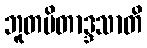
ဘူတပိတာဒ္ဒသာတိ